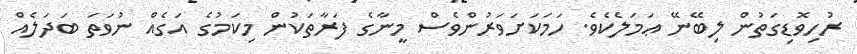
ރުހިވޮޑިގަތުން ލިބޭނޭ ޢަމަލެކެވެ. ހަމަކަށަވަރުންވެސް މީނާގެ ފަރާތަކުން މިކަމުގެ އަގެއް ނުވަތަ ބަދަލެއް